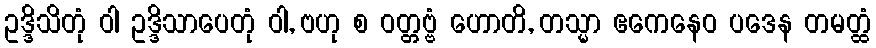
ဥဒ္ဒိသိတုံ ဝါ ဥဒ္ဒိသာပေတုံ ဝါ, ဗဟု စ ဝတ္တဗ္ဗံ ဟောတိ, တသ္မာ ဧကေနေဝ ပဒေန တမတ္ထံ